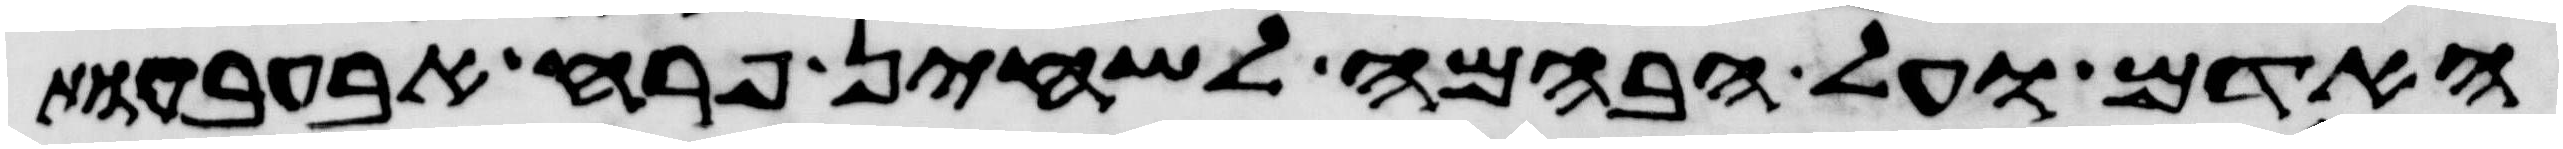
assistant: האדם ועל הבהמה לשחין פרח אבעבעות